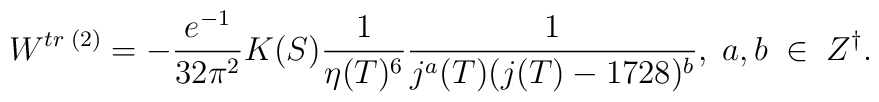
W^{tr\;(2)} =  -\frac{e^{-1}}{32 \pi^2}K(S)\frac{1}{\eta(T)^6} \frac{1}{j^a(T) (j(T)-1728)^b},\;a,b\;\in\;Z^{\dagger}.